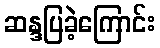
ဆန္ဒပြခဲ့ကြောင်း